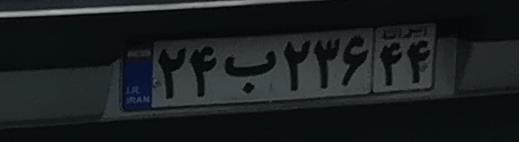
۲۴ب۲۳۶۴۴